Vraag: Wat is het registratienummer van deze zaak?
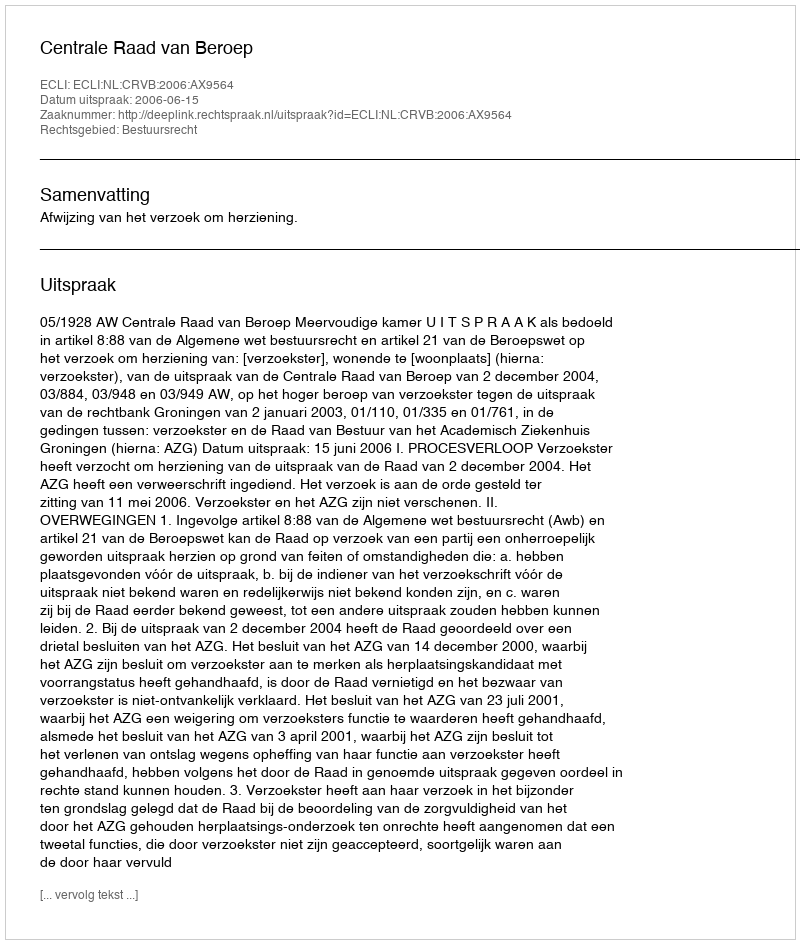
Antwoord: http://deeplink.rechtspraak.nl/uitspraak?id=ECLI:NL:CRVB:2006:AX9564